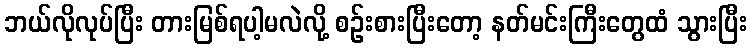
ဘယ်လိုလုပ်ပြီး တားမြစ်ရပါ့မလဲလို့ စဉ်းစားပြီးတော့ နတ်မင်းကြီးတွေထံ သွားပြီး